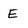
Character: E